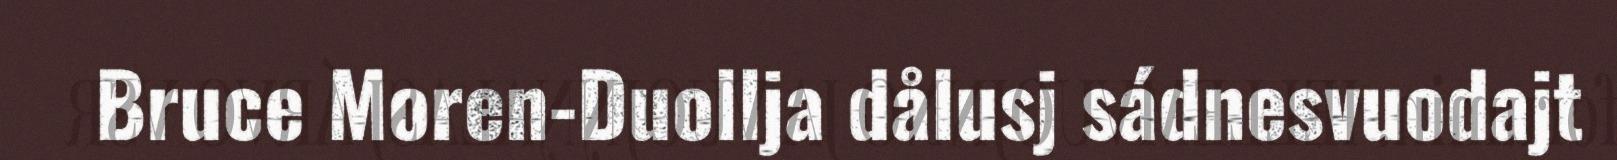
Bruce Moren-Duollja dålusj sádnesvuodajt